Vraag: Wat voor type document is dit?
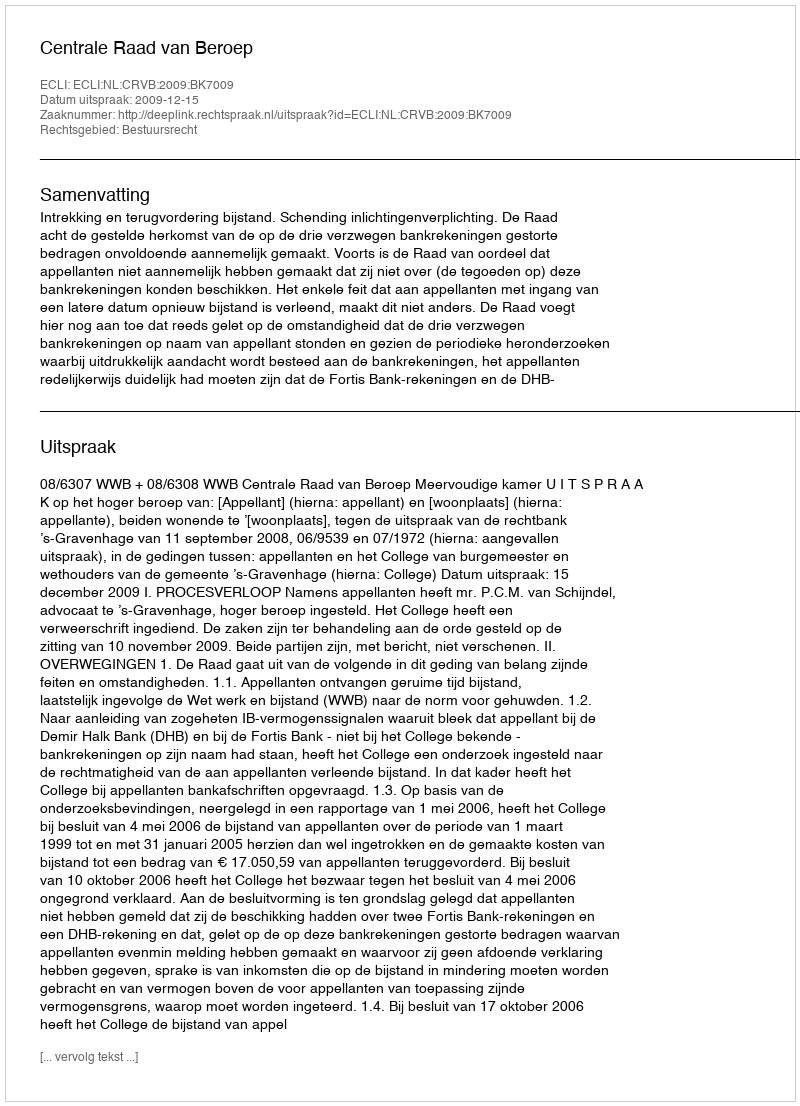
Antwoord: Uitspraak